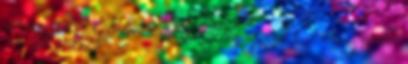
12 nem fehér, Gyökvonás. Másodfokú egyenlet. 3. Az egyenlet